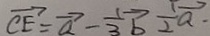
\overrightarrow { C E } = \overrightarrow { a } - \frac { 1 } { 3 } \overrightarrow { b } \frac { 1 } { 2 } \overrightarrow { a }